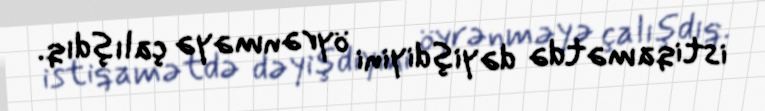
istiqamətdə dəyişdiyini öyrənməyə çalışdıq.